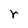
Character: r